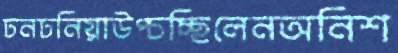
ঢনঢনিয়াউপ্‌চচ্ছিলেনঅনিশ